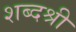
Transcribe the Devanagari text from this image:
शब्दश्री